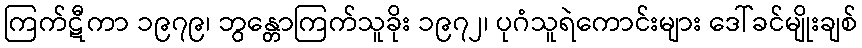
ကြက်ဋီကာ ၁၉၇၉၊ ဘွန္တောကြက်သူခိုး ၁၉၇၂၊ ပုဂံသူရဲကောင်းများ ဒေါ်ခင်မျိုးချစ်